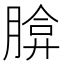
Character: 𦝡